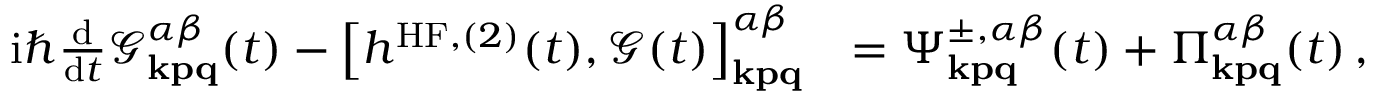
\begin{array} { r l } { \mathrm { i } \hbar \frac { \mathrm { d } } { \mathrm { d } t } \mathcal { G } _ { \mathbf { k p q } } ^ { \alpha \beta } ( t ) - \left[ h ^ { \mathrm { H F } , ( 2 ) } ( t ) , \mathcal { G } ( t ) \right] _ { \mathbf { k p q } } ^ { \alpha \beta } } & { = \Psi _ { \mathbf { k p q } } ^ { \pm , \alpha \beta } ( t ) + \Pi _ { \mathbf { k p q } } ^ { \alpha \beta } ( t ) \, , } \end{array}